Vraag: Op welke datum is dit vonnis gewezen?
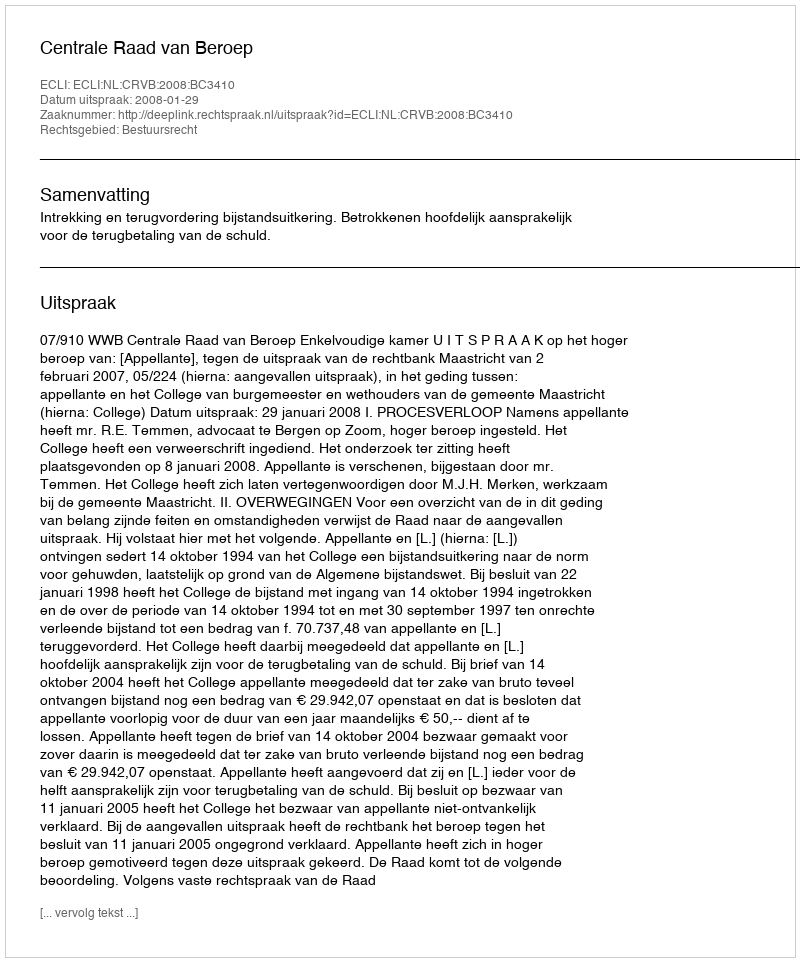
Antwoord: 2008-01-29